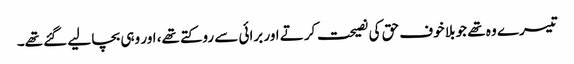
تیسرے وہ تھے جو بلا خوف حق کی نصیحت کرتے اور برائی سے روکتے تھے، اور وہی بچا لیے گئے تھے۔